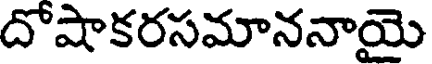
దోషాకరసమాననాయై